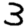
Digit: 3